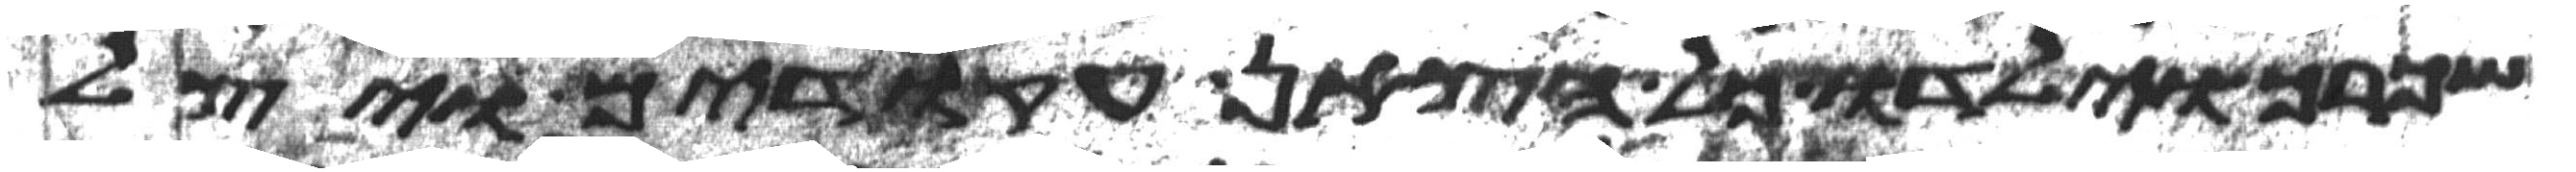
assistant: שכרך וילדו כל הצאן עקודים ויצל